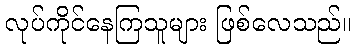
လုပ်ကိုင်နေကြသူများ ဖြစ်လေသည်။